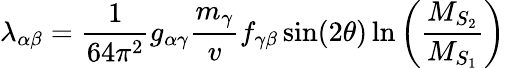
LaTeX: \lambda_{\alpha\beta}=\frac{1}{64\pi^{2}}g_{\alpha\gamma}\frac{m_{\gamma}}{v}f_{\gamma\beta}\sin(2\theta)\ln\left(\frac{M_{S_{2}}}{M_{S_{1}}}\right)